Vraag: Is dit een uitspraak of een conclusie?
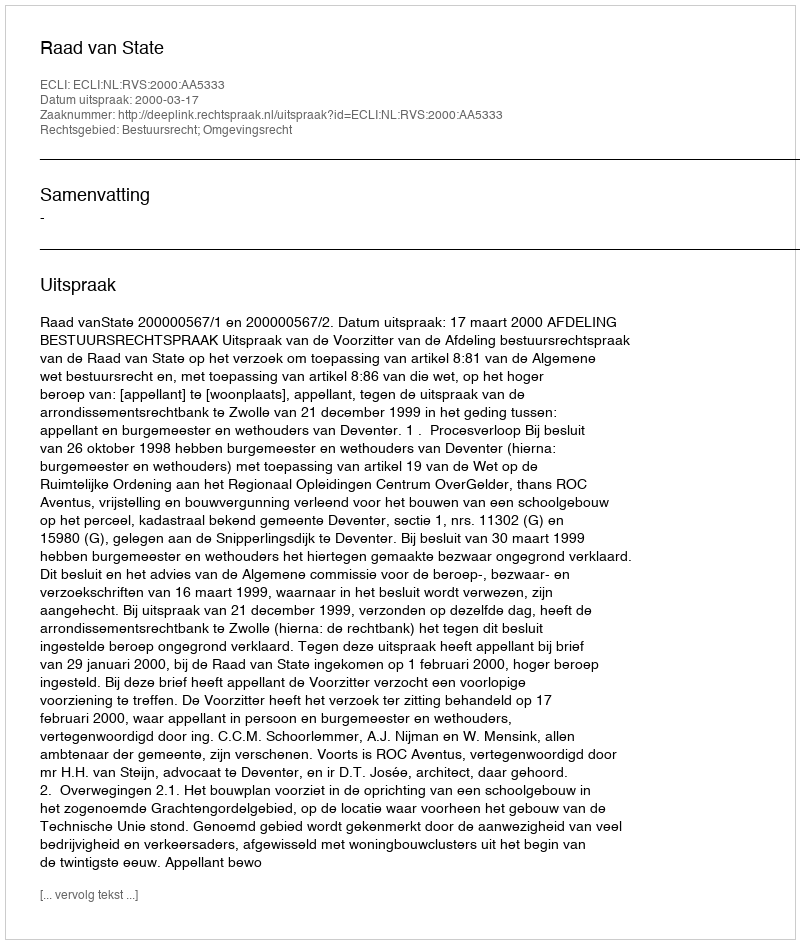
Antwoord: Uitspraak